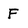
Character: F